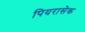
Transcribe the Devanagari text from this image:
पियरासेक